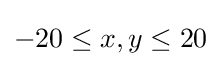
-20\leq x,y\leq 20